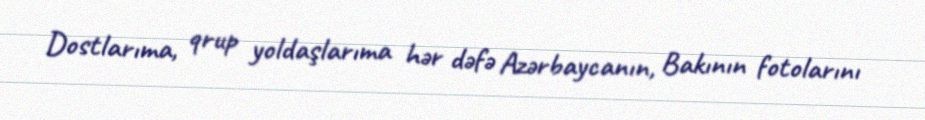
Dostlarıma, qrup yoldaşlarıma hər dəfə Azərbaycanın, Bakının fotolarını